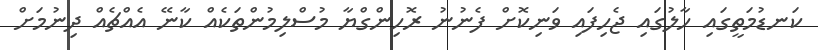
ކަނޑުމަތީގައި ހާލުގައި ޖެހިފައި ވަނިކޮށް ފެނުނު ރޮހިންގްޔާ މުސްލިމުންތަކެއް ކާނޭ އެއްޗެއް ދިނުމަށް